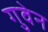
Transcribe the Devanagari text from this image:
गुवेन